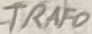
Text: TRAFO